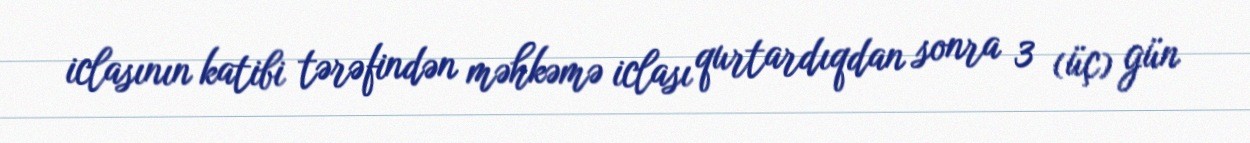
iclasının katibi tərəfindən məhkəmə iclası qurtardıqdan sonra 3 (üç) gün